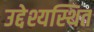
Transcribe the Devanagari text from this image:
उद्देश्यस्थित